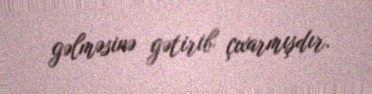
gəlməsinə gətirib çıxarmışdır.